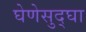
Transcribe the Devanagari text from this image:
घेणेसुद्घा